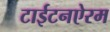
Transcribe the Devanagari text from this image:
टाईटनऐरम